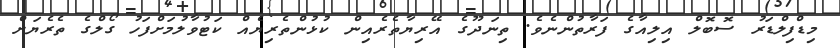
މިޑްފިލްޑަރު ސޮބޮލް އިލިއާގެ ފަރާތުންނެވެ. ތިނަދޫގެ އޭރިޔާތެރެއިން ކުޅުންތެރިޔެއް ކަޓުވާލުމަށްފަހު ގޯލްގެ ތެރެޔަށް